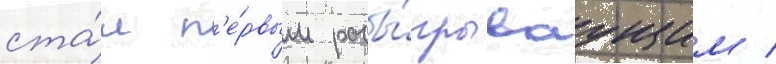
ста́л п'е́рвым разы́грываущим /